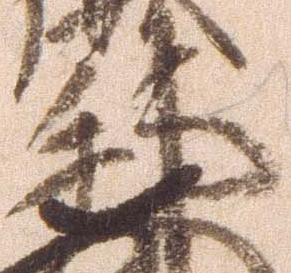
邦